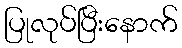
ပြုလုပ်ပြီးနောက်